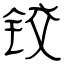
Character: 铰